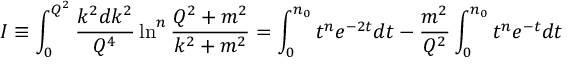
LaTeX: I \equiv \int _ { 0 } ^ { Q ^ { 2 } } \frac { k ^ { 2 } d k ^ { 2 } } { Q ^ { 4 } } \ln ^ { n } \frac { Q ^ { 2 } + m ^ { 2 } } { k ^ { 2 } + m ^ { 2 } } = \int _ { 0 } ^ { n _ { 0 } } t ^ { n } e ^ { - 2 t } d t - \frac { m ^ { 2 } } { Q ^ { 2 } } \int _ { 0 } ^ { n _ { 0 } } t ^ { n } e ^ { - t } d t